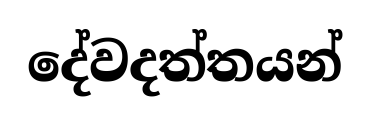
දේවදත්තයන්